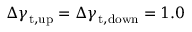
\Delta \gamma _ { \mathrm { t , u p } } = \Delta \gamma _ { \mathrm { t , d o w n } } = 1 . 0